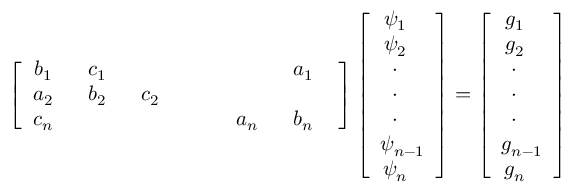
\left[ \begin{array} { c c c c c c c c } { b _ { 1 ~ ~ } } & { c _ { 1 ~ ~ } } & { } & { } & { } & { } & { a _ { 1 ~ ~ } } \\ { a _ { 2 ~ ~ } } & { b _ { 2 ~ ~ } } & { c _ { 2 ~ ~ } } & { } & { } & { } & { } \\ { c _ { n ~ ~ } } & { } & { } & { } & { } & { a _ { n ~ ~ } } & { b _ { n ~ ~ } } \end{array} \right] \left[ { \begin{array} { c } { \psi _ { 1 ~ ~ } ^ { ~ } } \\ { \psi _ { 2 ~ ~ } ^ { ~ } } \\ { ~ \cdot _ { ~ ~ ~ } } \\ { ~ \cdot _ { ~ ~ ~ } } \\ { ~ \cdot _ { ~ ~ ~ } } \\ { \psi _ { n - 1 } ^ { ~ } } \\ { \psi _ { n ~ ~ } ^ { ~ } } \end{array} } \right] = \left[ { \begin{array} { c } { g _ { 1 ~ ~ } ^ { ~ } } \\ { g _ { 2 ~ ~ } ^ { ~ } } \\ { ~ \cdot _ { ~ ~ ~ } } \\ { ~ \cdot _ { ~ ~ ~ } } \\ { ~ \cdot _ { ~ ~ ~ } } \\ { g _ { n - 1 } ^ { ~ } } \\ { g _ { n ~ ~ } ^ { ~ } } \end{array} } \right]